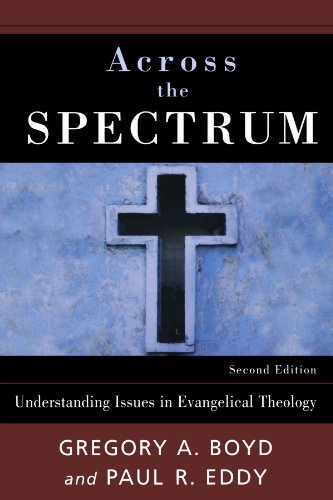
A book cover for Across the Spectrum: Understanding Issues in Evangelical Theology; Gregory A. Boyd; Christian Books & Bibles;